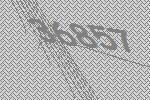
36857